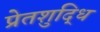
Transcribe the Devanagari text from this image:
प्रेतशुद्धि